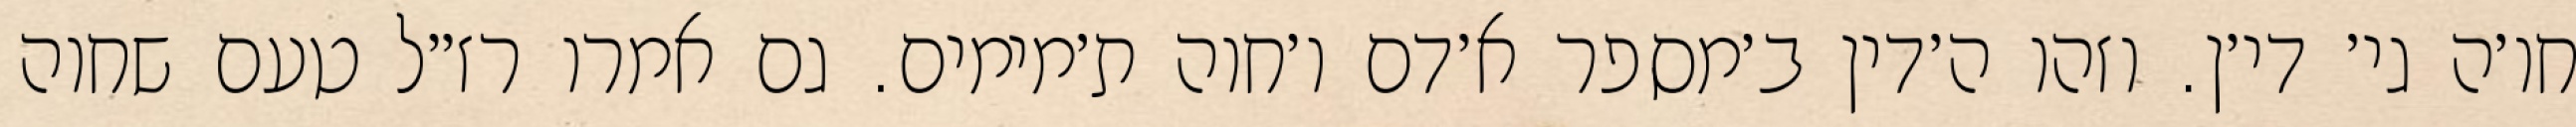
חו׳ה גי׳ די׳ן. וזהו ה׳דין ב׳מספר א׳דם ו׳חוה ת׳מימים. גם אמרו רז״ל טעם שחוה